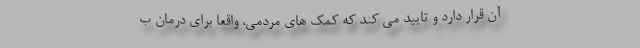
آن قرار دارد و تایید می کند که کمک های مردمی، واقعاً برای درمان ب